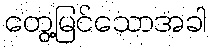
တွေ့မြင်သောအခါ